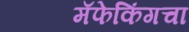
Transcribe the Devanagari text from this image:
मॅफेकिंगचा